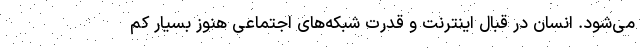
می‌شود. انسان در قبال اینترنت و قدرت شبکه‌های اجتماعی هنوز بسیار کم